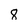
Character: 8